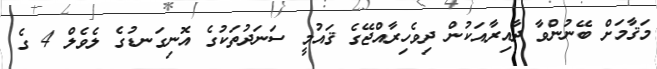
މަޤާމަށް ބޭނުންވާ ދާއިރާއަކުން ދިވެހިރާއްޖޭގެ ޤައުމީ ސަނަދުތަކުގެ އޮނިގަނޑުގެ ލެވެލް 4 ގެ